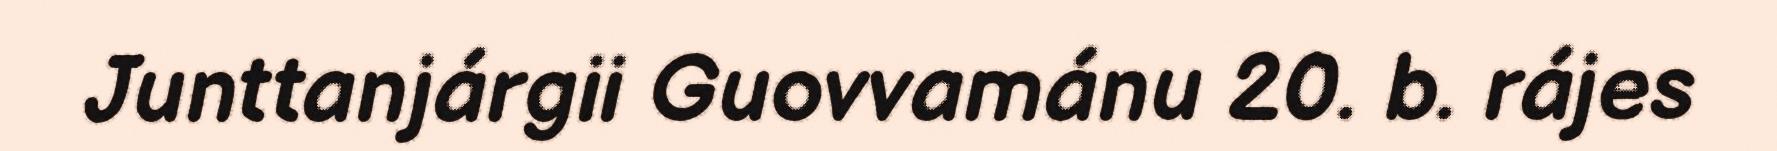
Junttanjárgii Guovvamánu 20. b. rájes